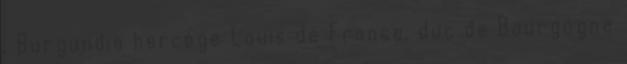
, Burgundia hercege Louis de France, duc de Bourgogne